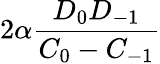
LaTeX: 2\alpha\frac{D_{0}D_{-1}}{C_{0}-C_{-1}}